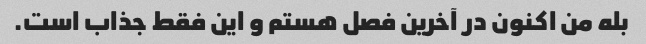
بله من اکنون در آخرین فصل هستم و این فقط جذاب است.